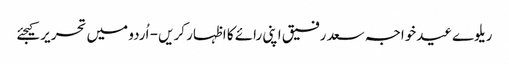
ریلوےعیدخواجہ سعد رفیق اپنی رائے کا اظہار کریں - اُردو میں تحریر کیجئے